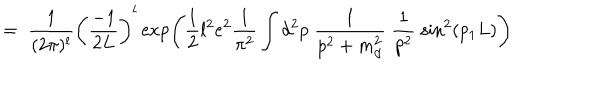
= \; \frac { 1 } { ( 2 \pi ) ^ { l } } \left( \frac { - 1 } { 2 L } \right) ^ { l } \exp \left( \frac { 1 } { 2 } l ^ { 2 } e ^ { 2 } \frac { 1 } { \pi ^ { 2 } } \int d ^ { 2 } p \; \frac { 1 } { p ^ { 2 } + m _ { d } ^ { 2 } } \; \frac { 1 } { p ^ { 2 } } \; \sin ^ { 2 } ( p _ { 1 } L ) \right)